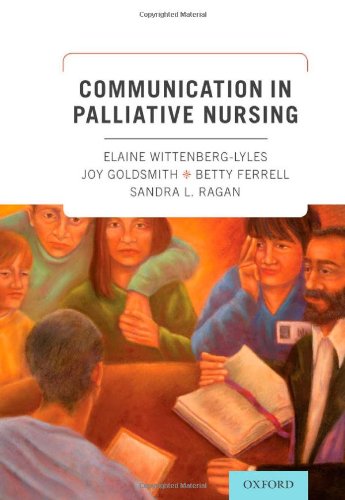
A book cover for Communication in Palliative Nursing; Elaine Wittenberg-Lyles; Self-Help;